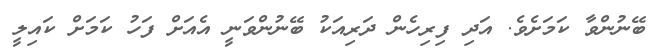
ބޭނުންވާ ކަމަށެވެ. އަދި ފިރިހެން ދަރިއަކު ބޭނުންވަނީ އެއަށް ފަހު ކަމަށް ކައިލީ